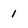
Character: 1